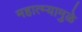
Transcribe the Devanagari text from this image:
महात्म्यामुळे